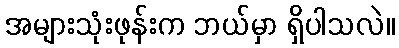
အများသုံးဖုန်းက ဘယ်မှာ ရှိပါသလဲ။